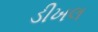
ડીખલ